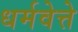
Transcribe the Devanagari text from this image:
धर्मवेत्ते